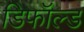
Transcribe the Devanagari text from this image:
डिफॉल्ड